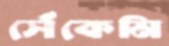
সেঁকেমি